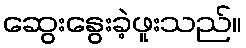
ဆွေးနွေးခဲ့ဖူးသည်။